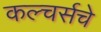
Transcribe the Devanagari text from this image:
कल्चर्सचे